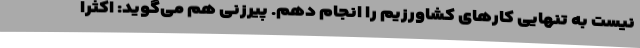
نیست به تنهایی کار‌های کشاورزیم را انجام دهم. پیرزنی هم می‌گوید: اکثرا